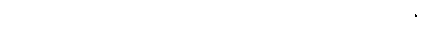
ငြိုငြင်ခြင်း မရှိသဖြင့် ရခြင်းရှိသည်။ အကသိရလာဘီ၊